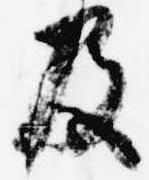
及